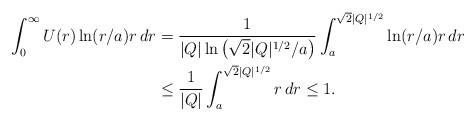
LaTeX: \begin{align*}\int_{0}^{\infty}U(r)\ln(r/a)r\,dr &= \frac{1}{|Q|\ln\left(\sqrt{2}|Q|^{1/2}/a\right)}\int_{a}^{\sqrt{2}|Q|^{1/2}}\ln(r/a)r\,dr\\&\leq \frac{1}{|Q|}\int_{a}^{\sqrt{2}|Q|^{1/2}}r\,dr \leq 1.\end{align*}